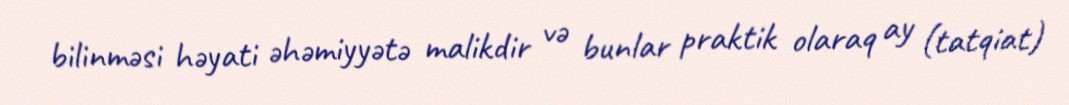
bilinməsi həyati əhəmiyyətə malikdir və bunlar praktik olaraq ay (tatqiat)